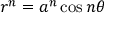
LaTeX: r ^ { n } = a ^ { n } \cos n \theta